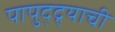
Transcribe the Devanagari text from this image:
पापुद्द्र्याची